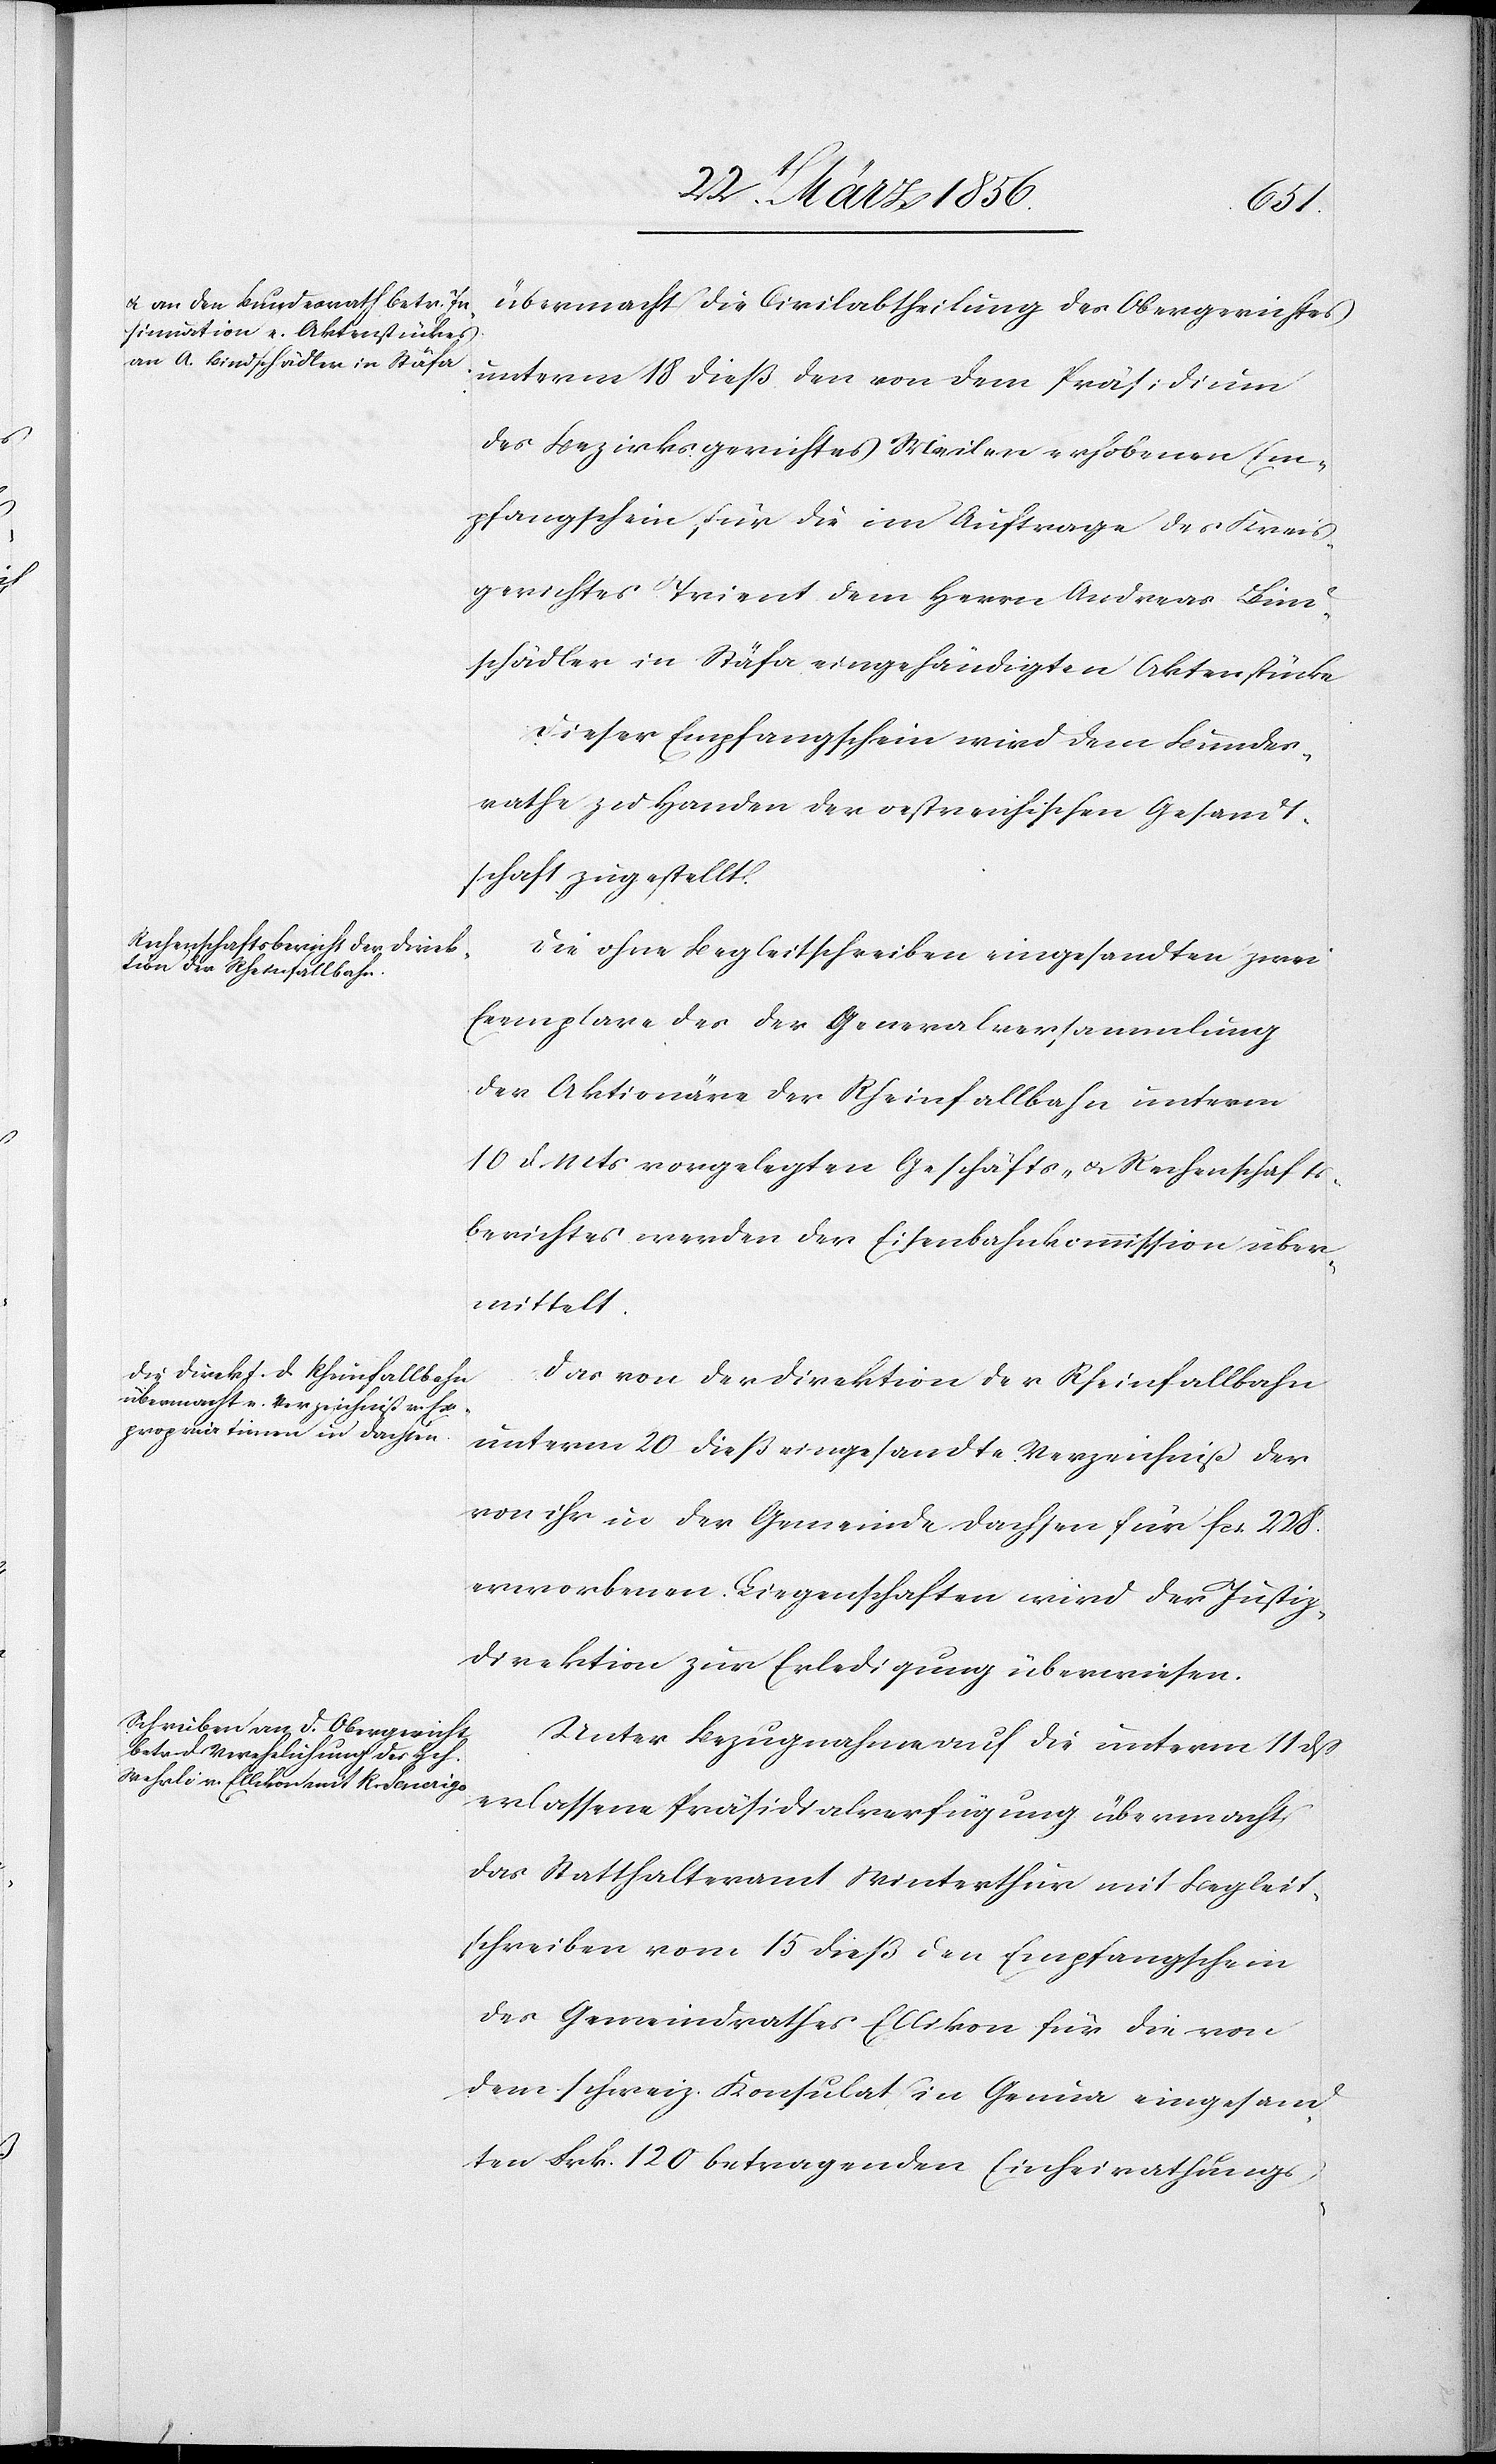
übermacht die Civilabtheilung des Obergerichtes
unterm 18 dieß den von dem Präsidium
des Bezirksgerichtes Meilen erhobenen Em¬
pfangschein für die im Auftrage des Kreis¬
gerichtes Trient dem Herrn Andreas Bind¬
schädler in Stäfa eingehändigten Aktenstücke
Dieser Empfangschein wird dem Bundes¬
rathe zu Handen der oestreichischen Gesandt¬
schaft zugestellt.
Die ohne Begleitschreiben eingesandten zwei
Exemplare des der Generalversammlung
der Aktionäre der Rheinfallbahn unterm
10 d. Mts vorgelegten Geschäfts- u. Rechenschafts¬
berichtes werden der Eisenbahnkommission über¬
mittelt.
Das von der Direktion der Rheinfallbahn
unterm 20 dieß eingesandte Verzeichniß der
von ihr in der Gemeinde Dachsen für fcs. 228.
erworbenen Liegenschaften wird der Justiz¬
direktion zur Erledigung überwiesen.
Unter Bezugnahme auf die unterm 11 dß
erlassene Präsidialverfügung übermacht
das Statthalteramt Winterthur mit Begleit¬
schreiben vom 15 dieß den Empfangschein
des Gemeindrathes Ellikon für die von
dem schweiz. Konsulat in Genua eingesand¬
ten Frk. 120 betragenden Einheirathungs-